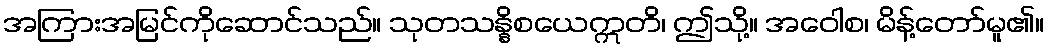
အကြားအမြင်ကိုဆောင်သည်။ သုတသန္နိစယေဣတိ၊ ဤသို့။ အဝေါစ၊ မိန့်တော်မူ၏။